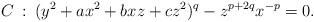
LaTeX: \begin{align*}C\::\:(y^2+ax^2+bxz+cz^2)^q-z^{p+2q}x^{-p}=0.\end{align*}